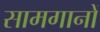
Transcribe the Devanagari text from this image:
सामगानों